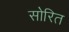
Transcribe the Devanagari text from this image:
सोरित